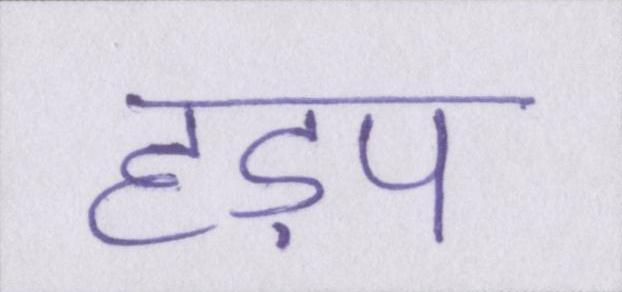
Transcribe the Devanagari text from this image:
हड़प